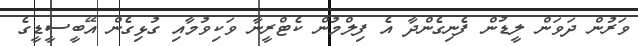
ވަރުން ދަވަން ލީޑުން ފެނިގެންދާ އެ ފިލްމުން ކެޓްރީނާ ވަކިވުމާއި ގުޅިގެން އޭބީސީޑީގެ